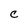
Character: C